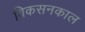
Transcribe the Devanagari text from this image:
विकसनकाल